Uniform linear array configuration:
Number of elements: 48
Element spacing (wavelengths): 0.75
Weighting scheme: hann
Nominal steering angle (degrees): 60
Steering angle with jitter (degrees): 58.481
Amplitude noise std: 0.05
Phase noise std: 0.05

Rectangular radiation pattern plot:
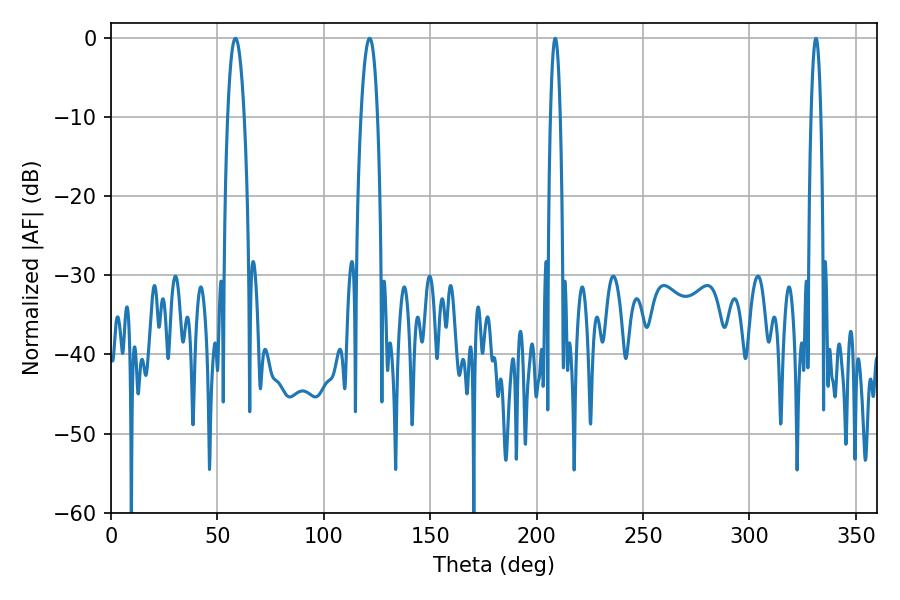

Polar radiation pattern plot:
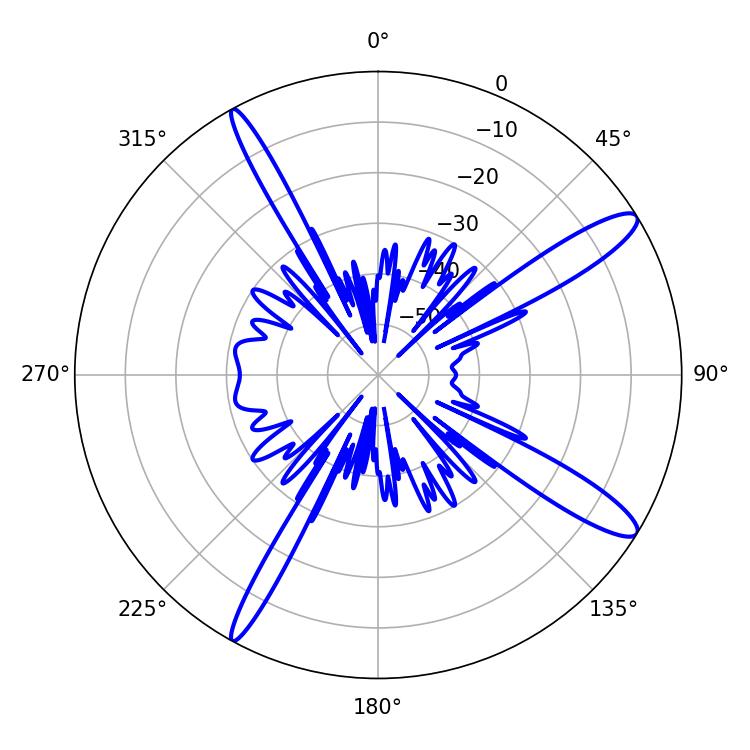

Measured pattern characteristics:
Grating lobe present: TRUE
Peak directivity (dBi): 13.376
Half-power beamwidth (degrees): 4.32
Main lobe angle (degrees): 58.5